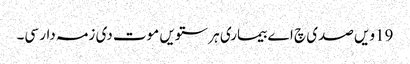
19ویں صدی چ اے بیماری ہر ستویں موت دی زمہ دار سی۔